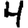
Digit: 4